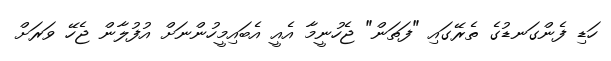
ހަޑި ފެންގަނޑުގެ ތެރޭގައި "ފަތަން" ޖެހުނީމާ އެއީ އެބައިމީހުންނަށް އުފުލާން ޖެހޭ ވަރަށް